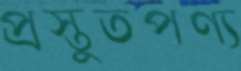
প্রস্তুতপণ্য